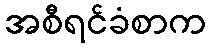
အစီရင်ခံစာက